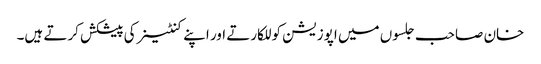
خان صاحب جلسوں میں اپوزیشن کو للکارتے اور اپنے کنٹینر کی پیشکش کرتے ہیں۔